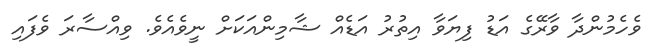
ވެހެމުންދާ ވާރޭގެ އަޑު ފިޔަވާ އިތުރު އަޑެއް ޝާމިންއަކަށް ނީވެއެވެ. ވިއްސާރަ ވެފައި